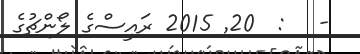
-   :  20